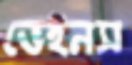
ভেইনস